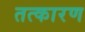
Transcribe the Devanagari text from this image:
तत्कारण